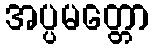
အပ္ပမတ္တော